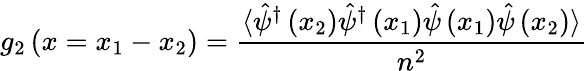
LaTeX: g_{2}\left(x=x_{1}-x_{2}\right)=\frac{\langle\hat{\psi}^{\dagger}\left(x_{2}\right)\hat{\psi}^{\dagger}\left(x_{1}\right)\hat{\psi}\left(x_{1}\right)\hat{\psi}\left(x_{2}\right)\rangle}{n^{2}}